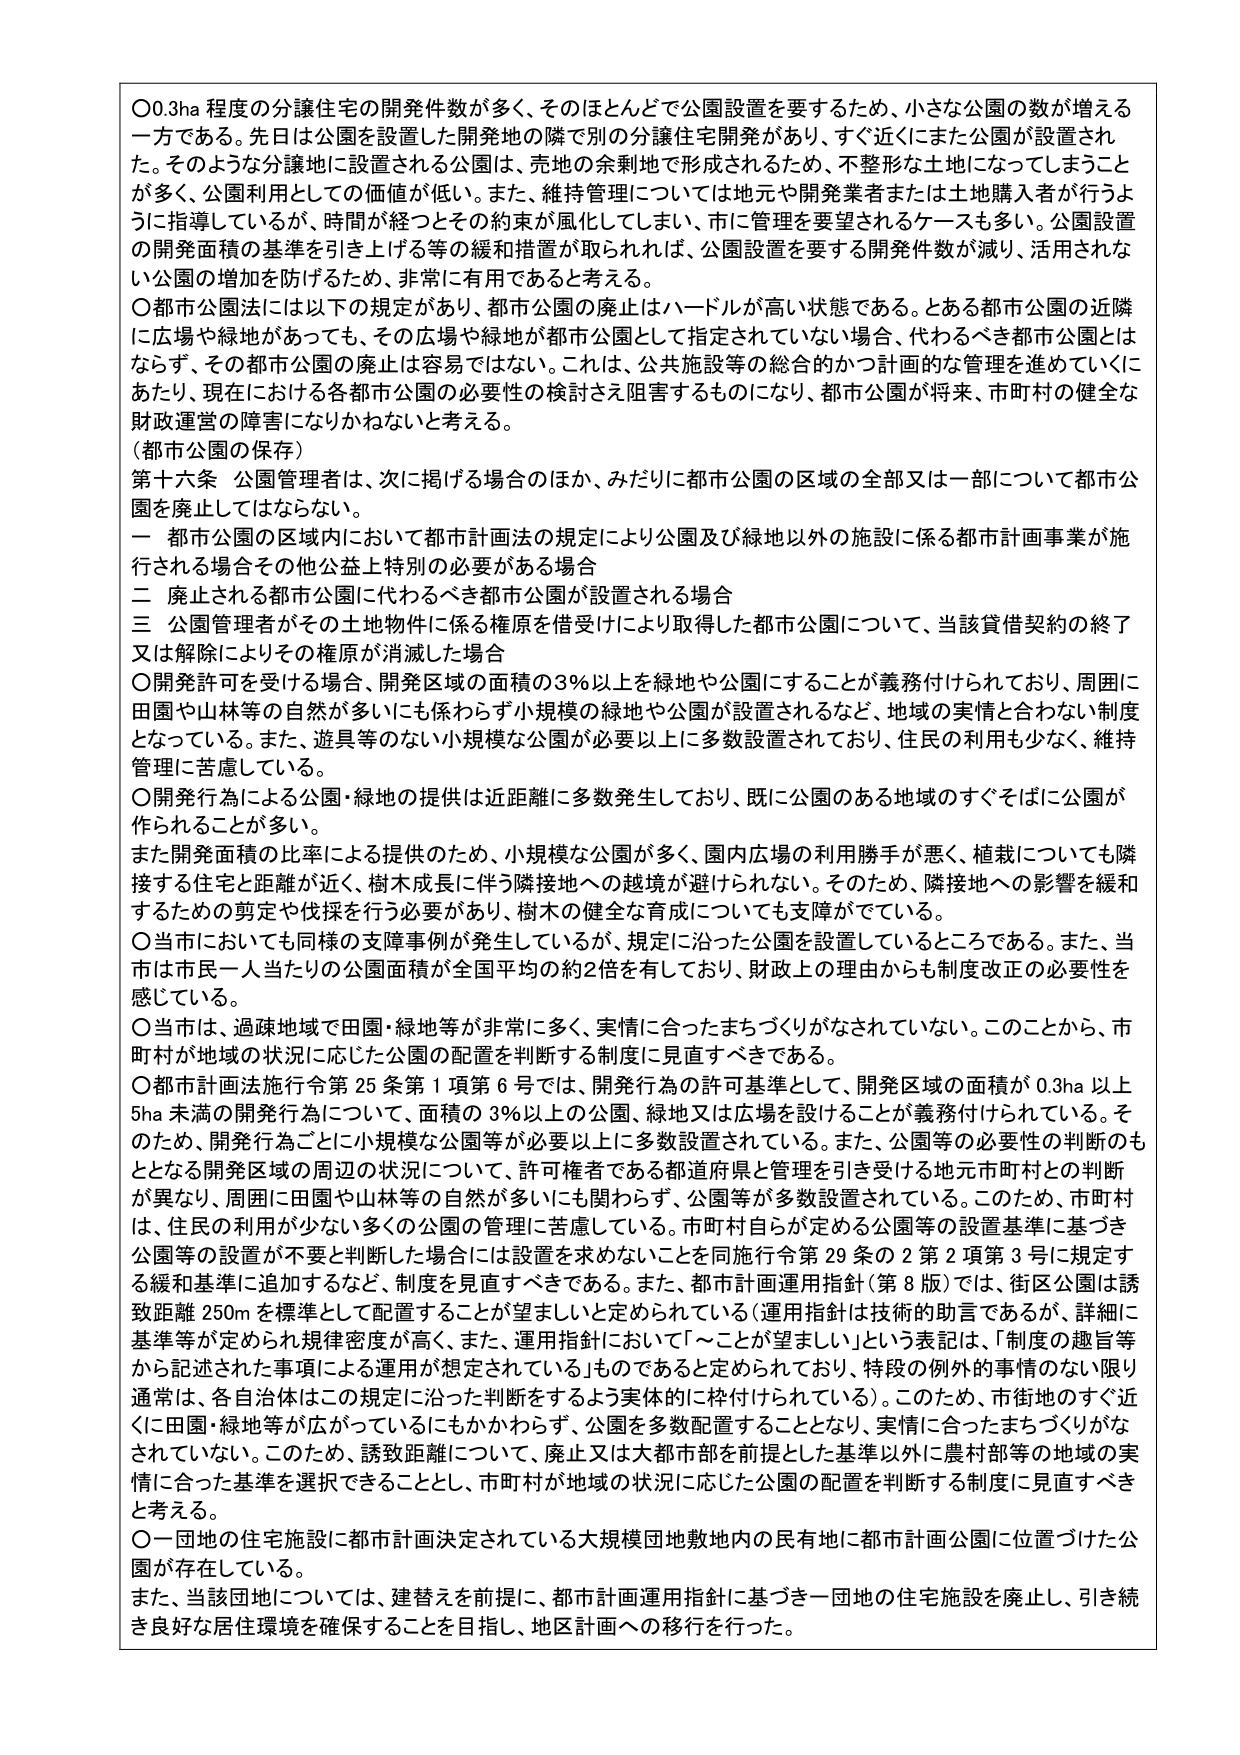
〇0.3ha 程度の分譲住宅の開発件数が多く、そのほとんどで公園設置を要するため、小さな公園の数が増える一方である。先日は公園を設置した開発地の隣で別の分譲住宅開発があり、すぐ近くにまた公園が設置された。そのような分譲地に設置される公園は、売地の余剰地で形成されるため、不整形な土地になってしまうことが多く、公園利用としての価値が低い。また、維持管理については地元や開発業者または土地購入者が行うように指導しているが、時間が経つとその約束が風化してしまい、市に管理を要望されるケースも多い。公園設置の開発面積の基準を引き上げる等の緩和措置が取られれば、公園設置を要する開発件数が減り、活用されない公園の増加を防げるため、非常に有用であると考える。

〇都市公園法には以下の規定があり、都市公園の廃止はハードルが高い状態である。とある都市公園の近隣に広場や緑地があっても、その広場や緑地が都市公園として指定されていない場合、代わるべき都市公園とはならず、その都市公園の廃止は容易ではない。これは、公共施設等の総合的かつ計画的な管理を進めていくにあたり、現在における各都市公園の必要性の検討さえ阻害するものになり、都市公園が将来、市町村の健全な財政運営の障害になりかねないと考える。

（都市公園の保存）

第十六条 公園管理者は、次に掲げる場合のほか、みだりに都市公園の区域の全部又は一部について都市公園を廃止してはならない。

一 都市公園の区域内において都市計画法の規定により公園及び緑地以外の施設に係る都市計画事業が施行される場合その他公益上特別の必要がある場合

二 廃止される都市公園に代わるべき都市公園が設置される場合

三 公園管理者がその土地物件に係る権原を借受けにより取得した都市公園について、当該貸借契約の終了又は解除によりその権原が消滅した場合

〇開発許可を受ける場合、開発区域の面積の3％以上を緑地や公園にすることが義務付けられており、周囲に田園や山林等の自然が多いにも係わらず小規模の緑地や公園が設置されるなど、地域の実情と合わない制度となっている。また、遊具等のない小規模な公園が必要以上に多数設置されており、住民の利用も少なく、維持管理に苦慮している。

〇開発行為による公園・緑地の提供は近距離に多数発生しており、既に公園のある地域のすぐそばに公園が作られることが多い。

また開発面積の比率による提供のため、小規模な公園が多く、園内広場の利用勝手が悪く、植栽についても隣接する住宅と距離が近く、樹木成長に伴う隣接地への越境が避けられない。そのため、隣接地への影響を緩和するための剪定や伐採を行う必要があり、樹木の健全な育成についても支障がでている。

〇当市においても同様の支障事例が発生しているが、規定に沿った公園を設置しているところである。また、当市は市民一人当たりの公園面積が全国平均の約2倍を有しており、財政上の理由からも制度改正の必要性を感じている。

〇当市は、過疎地域で田園・緑地等が非常に多く、実情に合ったまちづくりがなされていない。このことから、市町村が地域の状況に応じた公園の配置を判断する制度を見直すべきである。

〇都市計画法施行令第25条第1項第6号では、開発行為の許可基準として、開発区域の面積が0.3ha以上5ha未満の開発行為について、面積の3％以上の公園、緑地又は広場を設けることが義務付けられている。そのため、開発行為ごとに小規模な公園等が必要以上に多数設置されている。また、公園等の必要性の判断のもととなる開発区域の周辺の状況について、許可権者である都道府県と管理を引き受ける地元市町村との判断が異なり、周囲に田園や山林等の自然が多いにも係わらず、公園等が多数設置されている。このため、市町村は、住民の利用が少ない多くの公園の管理に苦慮している。市町村自らが定める公園等の設置基準に基づき公園等の設置が不要と判断した場合には設置を求めないことを同施行令第29条の2第2項第3号に規定する緩和基準に追加するなど、制度を見直すべきである。また、都市計画運用指針（第8版）では、街区公園は誘致距離250mを標準として配置することが望ましいと定められている（運用指針は技術的助言であるが、詳細に基準等が定められ規律密度が高く、また、運用指針において「～ことが望ましい」という表記は、「制度の趣旨等から記述された事項による運用が想定されている」ものであると定めており、特段の例外的事情のない限り通常は、各自治体はこの規定に沿った判断をするよう実体的に枠付けられている）。このため、市街地のすぐ近くに田園・緑地等が広がっているにもかかわらず、公園を多数配置することとなり、実情に合ったまちづくりがなされていない。このため、誘致距離について、廃止又は大都市部を前提とした基準以外に農村部等の地域の実情に合った基準を選択できることとし、市町村が地域の状況に応じた公園の配置を判断する制度に見直すべきと考える。

〇一団地の住宅施設に都市計画決定されている大規模団地敷地内の民有地に都市計画公園に位置づけた公園が存在している。

また、当該団地については、建替えを前提に、都市計画運用指針に基づき一団地の住宅施設を廃止し、引き続き良好な居住環境を確保することを目指し、地区計画への移行を行った。